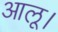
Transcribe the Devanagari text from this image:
आलू।